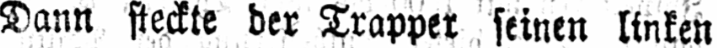
Dann steckte der Trapper seinen linken